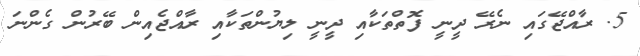
5. ރާއްޖޭގައި ނެރޭ ދީނީ ފޮތްތަކާއި ދީނީ ލިޔުންތަކާއި ރާއްޖެއިން ބޭރުން ގެންނަ